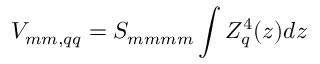
V _ { m m , q q } = S _ { m m m m } \int Z _ { q } ^ { 4 } ( z ) d z